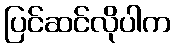
ပြင်ဆင်လိုပါက